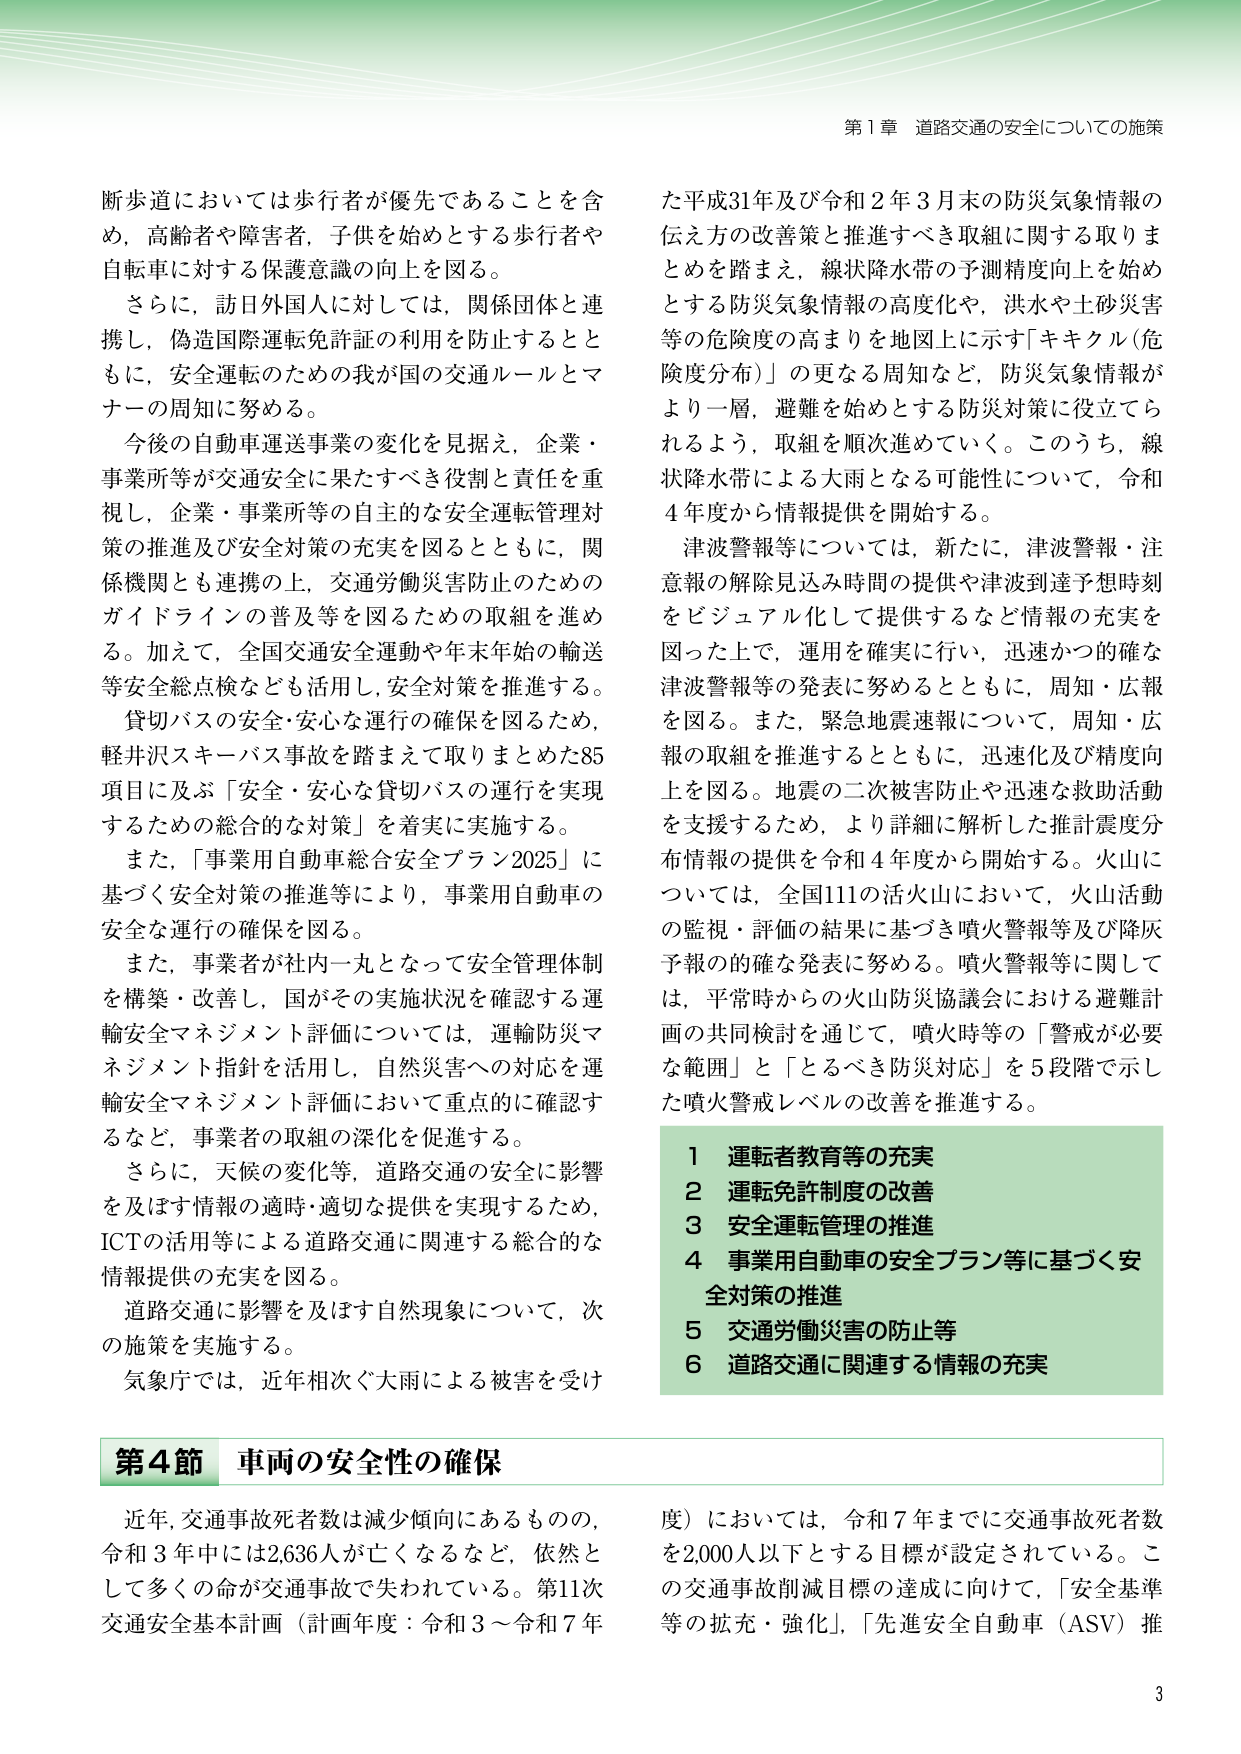
第１章 道路交通の安全についての施策

断歩道においては歩行者が優先であることを含め，高齢者や障害者，子供を始めとする歩行者や自転車に対する保護意識の向上を図る。

さらに，訪日外国人に対しては，関係団体と連携し，偽造国際運転免許証の利用を防止するとともに，安全運転のための我が国の交通ルールとマナーの周知に努める。

今後の自動車運送事業の変化を見据え，企業・事業所等が交通安全に果たすべき役割と責任を重視し，企業・事業所等の自主的な安全運転管理対策の推進及び安全対策の充実を図るとともに，関係機関とも連携の上，交通労働災害防止のためのガイドラインの普及等を図るための取組を進める。加えて，全国交通安全運動や年末年始の輸送等安全総点検なども活用し，安全対策を推進する。

貸切バスの安全・安心な運行の確保を図るため，軽井沢スキーバス事故を踏まえて取りまとめた85項目に及ぶ「安全・安心な貸切バスの運行を実現するための総合的な対策」を着実に実施する。

また，「事業用自動車総合安全プラン2025」に基づく安全対策の推進等により，事業用自動車の安全な運行の確保を図る。

また，事業者が社内一丸となって安全管理体制を構築・改善し，国がその実施状況を確認する運輸安全マネジメント評価については，運輸防災マネジメント指針を活用し，自然災害への対応を運輸安全マネジメント評価において重点的に確認するなど，事業者の取組の深化を促進する。

さらに，天候の変化等，道路交通の安全に影響を及ぼす情報の適時・適切な提供を実現するため，ICTの活用等による道路交通に関連する総合的な情報提供の充実を図る。

道路交通に影響を及ぼす自然現象について，次の施策を実施する。

気象庁では，近年相次ぐ大雨による被害を受けた平成31年及び令和2年3月末の防災気象情報の伝え方の改善策と推進すべき取組に関する取りまとめを踏まえ，線状降水帯の予測精度向上を始めとする防災気象情報の高度化や，洪水や土砂災害等の危険度の高まりを地図上に示す「キキクル（危険度分布）」の更なる周知など，防災気象情報がより一層，避難を始めとする防災対策に役立てられるよう，取組を順次進めていく。このうち，線状降水帯による大雨となる可能性について，令和4年度から情報提供を開始する。

津波警報等については，新たに，津波警報・注意報の解除見込み時間の提供や津波到達予想時刻をビジュアル化して提供するなど情報の充実を図った上で，運用を確実に行い，迅速かつ的確な津波警報等の発表に努めるとともに，周知・広報を図る。また，緊急地震速報についても，周知・広報の取組を推進するとともに，迅速化及び精度向上を図る。地震の二次被害防止や迅速な救助活動を支援するため，より詳細に解析した推計震度分布情報の提供を令和4年度から開始する。火山については，全国111の活火山において，火山活動の監視・評価の結果に基づき噴火警報等及び降灰予報の的確な発表に努める。噴火警報等に関しては，平常時からの火山防災協議会における避難計画の共同検討を通じて，噴火時等の「警戒が必要な範囲」と「とるべき防災対応」を5段階で示した噴火警報レベルの改善を推進する。

1 運転者教育等の充実
2 運転免許制度の改善
3 安全運転管理の推進
4 事業用自動車の安全プラン等に基づく安全対策の推進
5 交通労働災害の防止等
6 道路交通に関連する情報の充実

第4節 車両の安全性の確保

近年，交通事故死者数は減少傾向にあるものの，令和3年中には2,636人が亡くなるなど，依然として多くの命が交通事故で失われている。第11次交通安全基本計画（計画年度：令和3～令和7年度）においては，令和7年までに交通事故死者数を2,000人以下とする目標が設定されている。この交通事故削減目標の達成に向けて，「安全基準等の拡充・強化」，「先進安全自動車（ASV）推

3